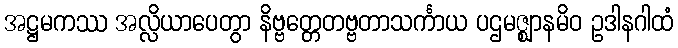
အဋ္ဌမကဿ အလ္လိယာပေတွာ နိဗ္ဗတ္တေတဗ္ဗတာသင်္ကာယ ပဌမဇ္ဈာနမိဝ ဥဒါနဂါထံ